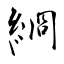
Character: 綗